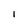
Character: l